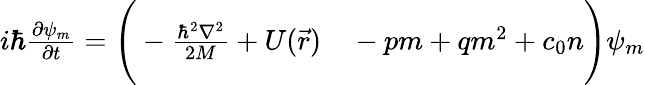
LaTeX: \begin{array}{rl}{i\hbar\frac{\partial\psi_{m}}{\partial t}=\Bigg(-\frac{\hbar^{2}\nabla^{2}}{2M}+U(\vec{r})}&{{}-pm+qm^{2}+c_{0}n\Bigg)\psi_{m}}\end{array}